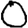
Digit: 0